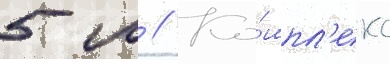
5 м // Ко́мпл'екс